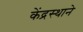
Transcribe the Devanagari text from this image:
केंद्रस्थाने